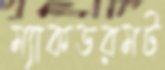
ম্যাকডরমট